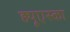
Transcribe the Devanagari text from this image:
ह्यूएस्का